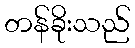
တန်ခိုးသည်